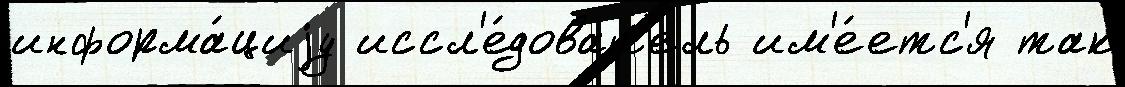
информа́циjу иссл'е́доват'ель им'е́етс'я так